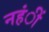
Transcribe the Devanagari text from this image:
नहंीं